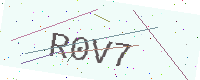
Text: R0V7